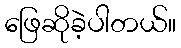
ဖြေဆိုခဲ့ပါတယ်။